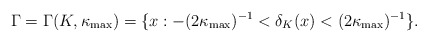
\begin{align*}\Gamma=\Gamma(K,\kappa_\mathrm{max})=\{x:-(2\kappa_\mathrm{max})^{-1}<\delta_K(x)<(2\kappa_\mathrm{max})^{-1}\}.\end{align*}